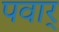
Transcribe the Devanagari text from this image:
पवार्